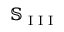
\mathbb { S } _ { \textrm { I I I } }